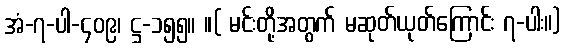
အံ-၇-ပါ-၄၀၉၊ ဋ္ဌ-၁၅၅။ ။( မင်းတို့အတွက် မဆုတ်ယုတ်ကြောင်း ၇-ပါး။)